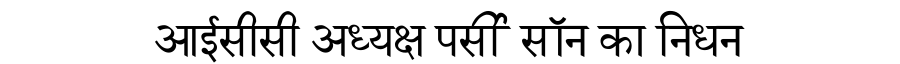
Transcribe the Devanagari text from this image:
आईसीसी अध्यक्ष पर्सी सॉन का निधन